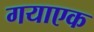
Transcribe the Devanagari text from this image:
गयाएक